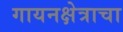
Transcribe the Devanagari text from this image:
गायनक्षेत्राचा